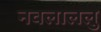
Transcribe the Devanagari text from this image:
नवलाललु